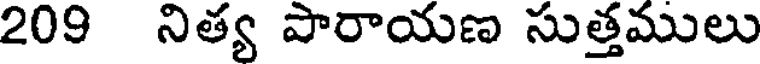
209 నిత్య పారాయణ సుత్తములు